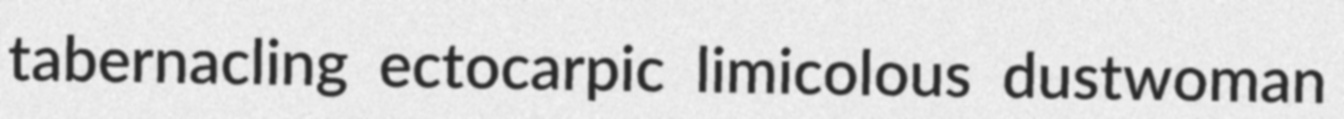
tabernacling ectocarpic limicolous dustwoman